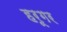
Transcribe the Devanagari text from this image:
हरूगर